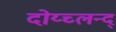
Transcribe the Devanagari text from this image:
दोय्च्लन्द्